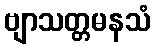
ဗျာသတ္တမနသံ